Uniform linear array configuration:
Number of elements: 16
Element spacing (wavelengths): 1
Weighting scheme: cosine
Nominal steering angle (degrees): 30
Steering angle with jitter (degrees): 28.658
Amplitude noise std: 0.05
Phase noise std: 0.05

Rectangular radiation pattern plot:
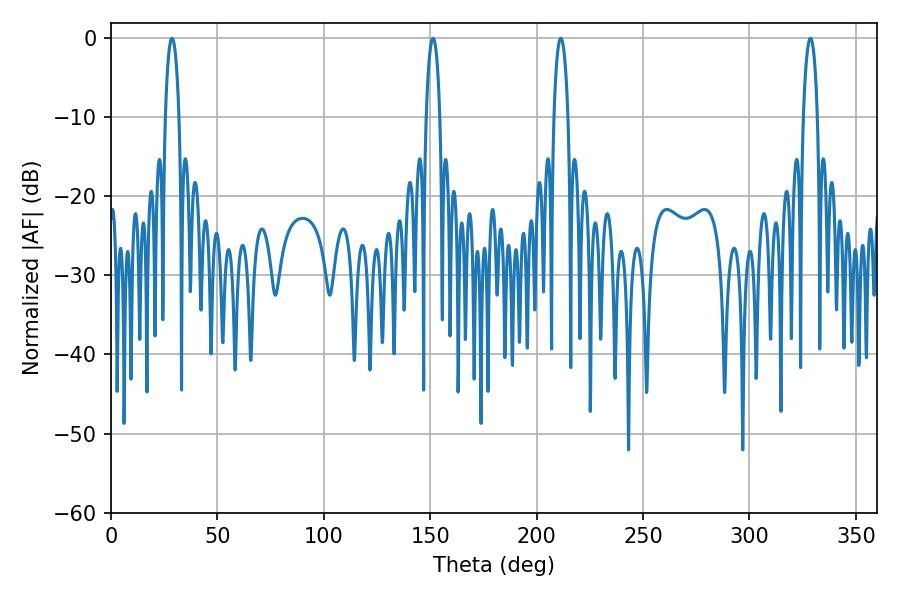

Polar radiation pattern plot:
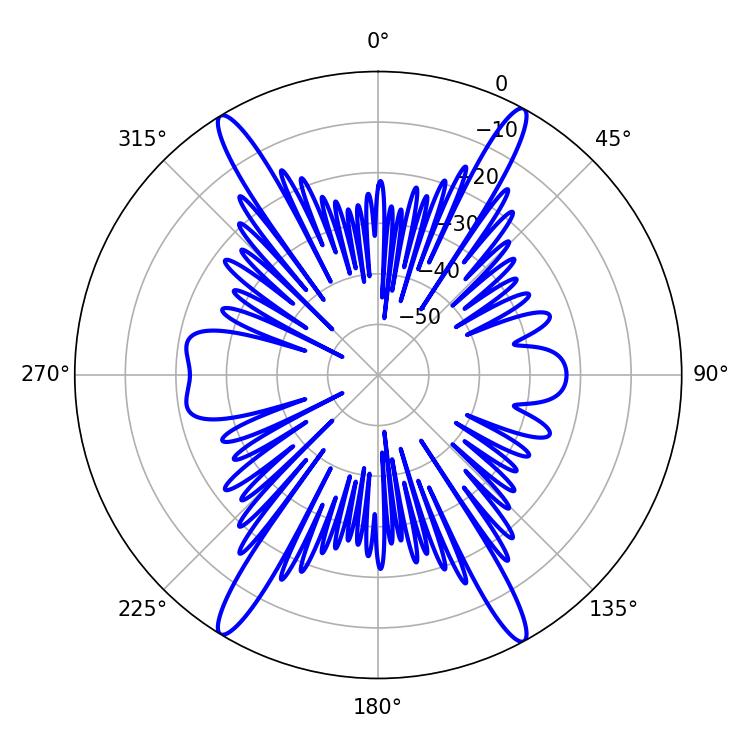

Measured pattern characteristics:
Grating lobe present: TRUE
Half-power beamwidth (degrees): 3.78
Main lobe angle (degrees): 328.68